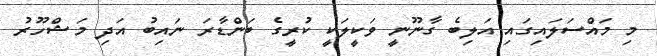
މި މައްސަލައިގައި އަލިބެ ގާނޫނީ ވަކީލަކީ ކުރީގެ ބަންޑާރަ ނައިބު އަދި މަޝްހޫރު